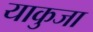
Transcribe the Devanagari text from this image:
याकुजा